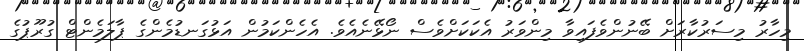
މިހާރު މިސަރުކާރަށް ބޭނުންވެފައިވާ މިންވަރު އެކަކަށްވެސް ނޯޅޭނެއެވެ. އެހެންކަމުން އަޅުގަނޑުމެންގެ ޕާލަމެންޓް ގުރޫޕުގެ